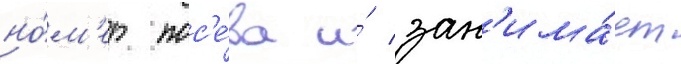
но́м'ер пос'е́ва и́ зан'има́ет